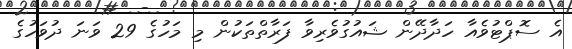
އެ ސޮޕްޓުވެއާ ހަދާދޭން ޝައުގުވެރިވާ ފަރާތްތަކުން މި މަހުގެ 29 ވަނަ ދުވަހުގެ